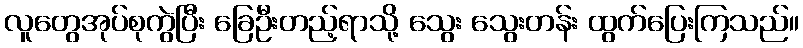
လူတွေအုပ်စုကွဲပြီး ခြေဦးတည့်ရာသို့ သွေး သွေးတန်း ထွက်ပြေးကြသည်။